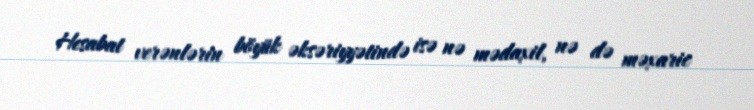
Hesabat verənlərin böyük əksəriyyətində isə nə mədaxil, nə də məxaric